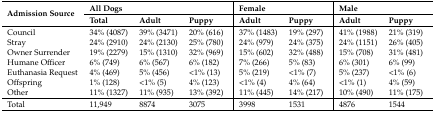
<table><thead><tr><td rowspan="2"><b>Admission Source</b></td><td colspan="3"><b>All Dogs</b></td><td colspan="2"><b>Female</b></td><td colspan="2"><b>Male</b></td></tr><tr><td><b>Total</b></td><td><b>Adult</b></td><td><b>Puppy</b></td><td><b>Adult</b></td><td><b>Puppy</b></td><td><b>Adult</b></td><td><b>Puppy</b></td></tr></thead><tbody><tr><td>Council</td><td>34% (4087)</td><td>39% (3471)</td><td>20% (616)</td><td>37% (1483)</td><td>19% (297)</td><td>41% (1988)</td><td>21% (319)</td></tr><tr><td>Stray</td><td>24% (2910)</td><td>24% (2130)</td><td>25% (780)</td><td>24% (979)</td><td>24% (375)</td><td>24% (1151)</td><td>26% (405)</td></tr><tr><td>Owner Surrender</td><td>19% (2279)</td><td>15% (1310)</td><td>32% (969)</td><td>15% (602)</td><td>32% (488)</td><td>15% (708)</td><td>31% (481)</td></tr><tr><td>Humane Officer</td><td>6% (749)</td><td>6% (567)</td><td>6% (182)</td><td>7% (266)</td><td>5% (83)</td><td>6% (301)</td><td>6% (99)</td></tr><tr><td>Euthanasia Request</td><td>4% (469)</td><td>5% (456)</td><td>&lt;1% (13)</td><td>5% (219)</td><td>&lt;1% (7)</td><td>5% (237)</td><td>&lt;1% (6)</td></tr><tr><td>Offspring</td><td>1% (128)</td><td>&lt;1% (5)</td><td>4% (123)</td><td>&lt;1% (4)</td><td>4% (64)</td><td>&lt;1% (1)</td><td>4% (59)</td></tr><tr><td>Other</td><td>11% (1327)</td><td>11% (935)</td><td>13% (392)</td><td>11% (445)</td><td>14% (217)</td><td>10% (490)</td><td>11% (175)</td></tr><tr><td>Total</td><td>11,949</td><td>8874</td><td>3075</td><td>3998</td><td>1531</td><td>4876</td><td>1544</td></tr></tbody></table>